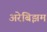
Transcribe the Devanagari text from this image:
अरेबिझम